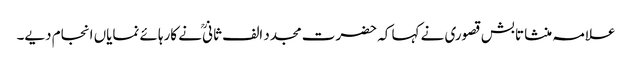
علامہ منشا تابش قصوری نے کہا کہ حضرت مجدد الف ثانیؒ نے کارہائے نمایاں انجام دیے۔